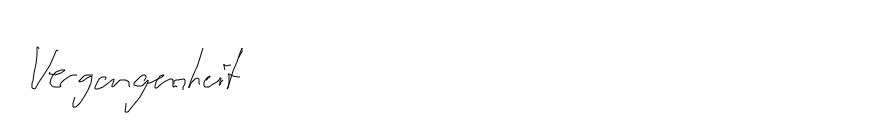
Vergangenheit